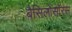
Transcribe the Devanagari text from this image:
बैसिलोसॉरस